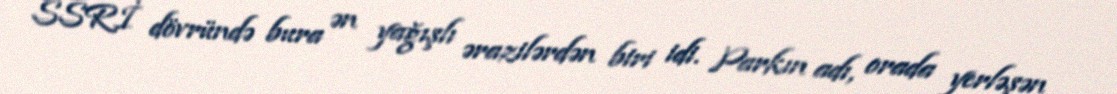
SSRİ dövründə bura ən yağışlı ərazilərdən biri idi. Parkın adı, orada yerləşən